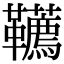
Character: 韉